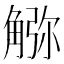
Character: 𧤆